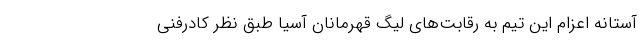
آستانه اعزام این تیم به رقابت‌های لیگ قهرمانان آسیا طبق نظر کادرفنی